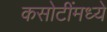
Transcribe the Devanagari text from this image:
कसोटींमध्ये